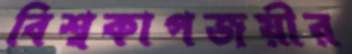
বিশ্বকাপজয়ীর